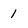
Character: 1